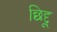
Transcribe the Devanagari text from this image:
छिद्दू